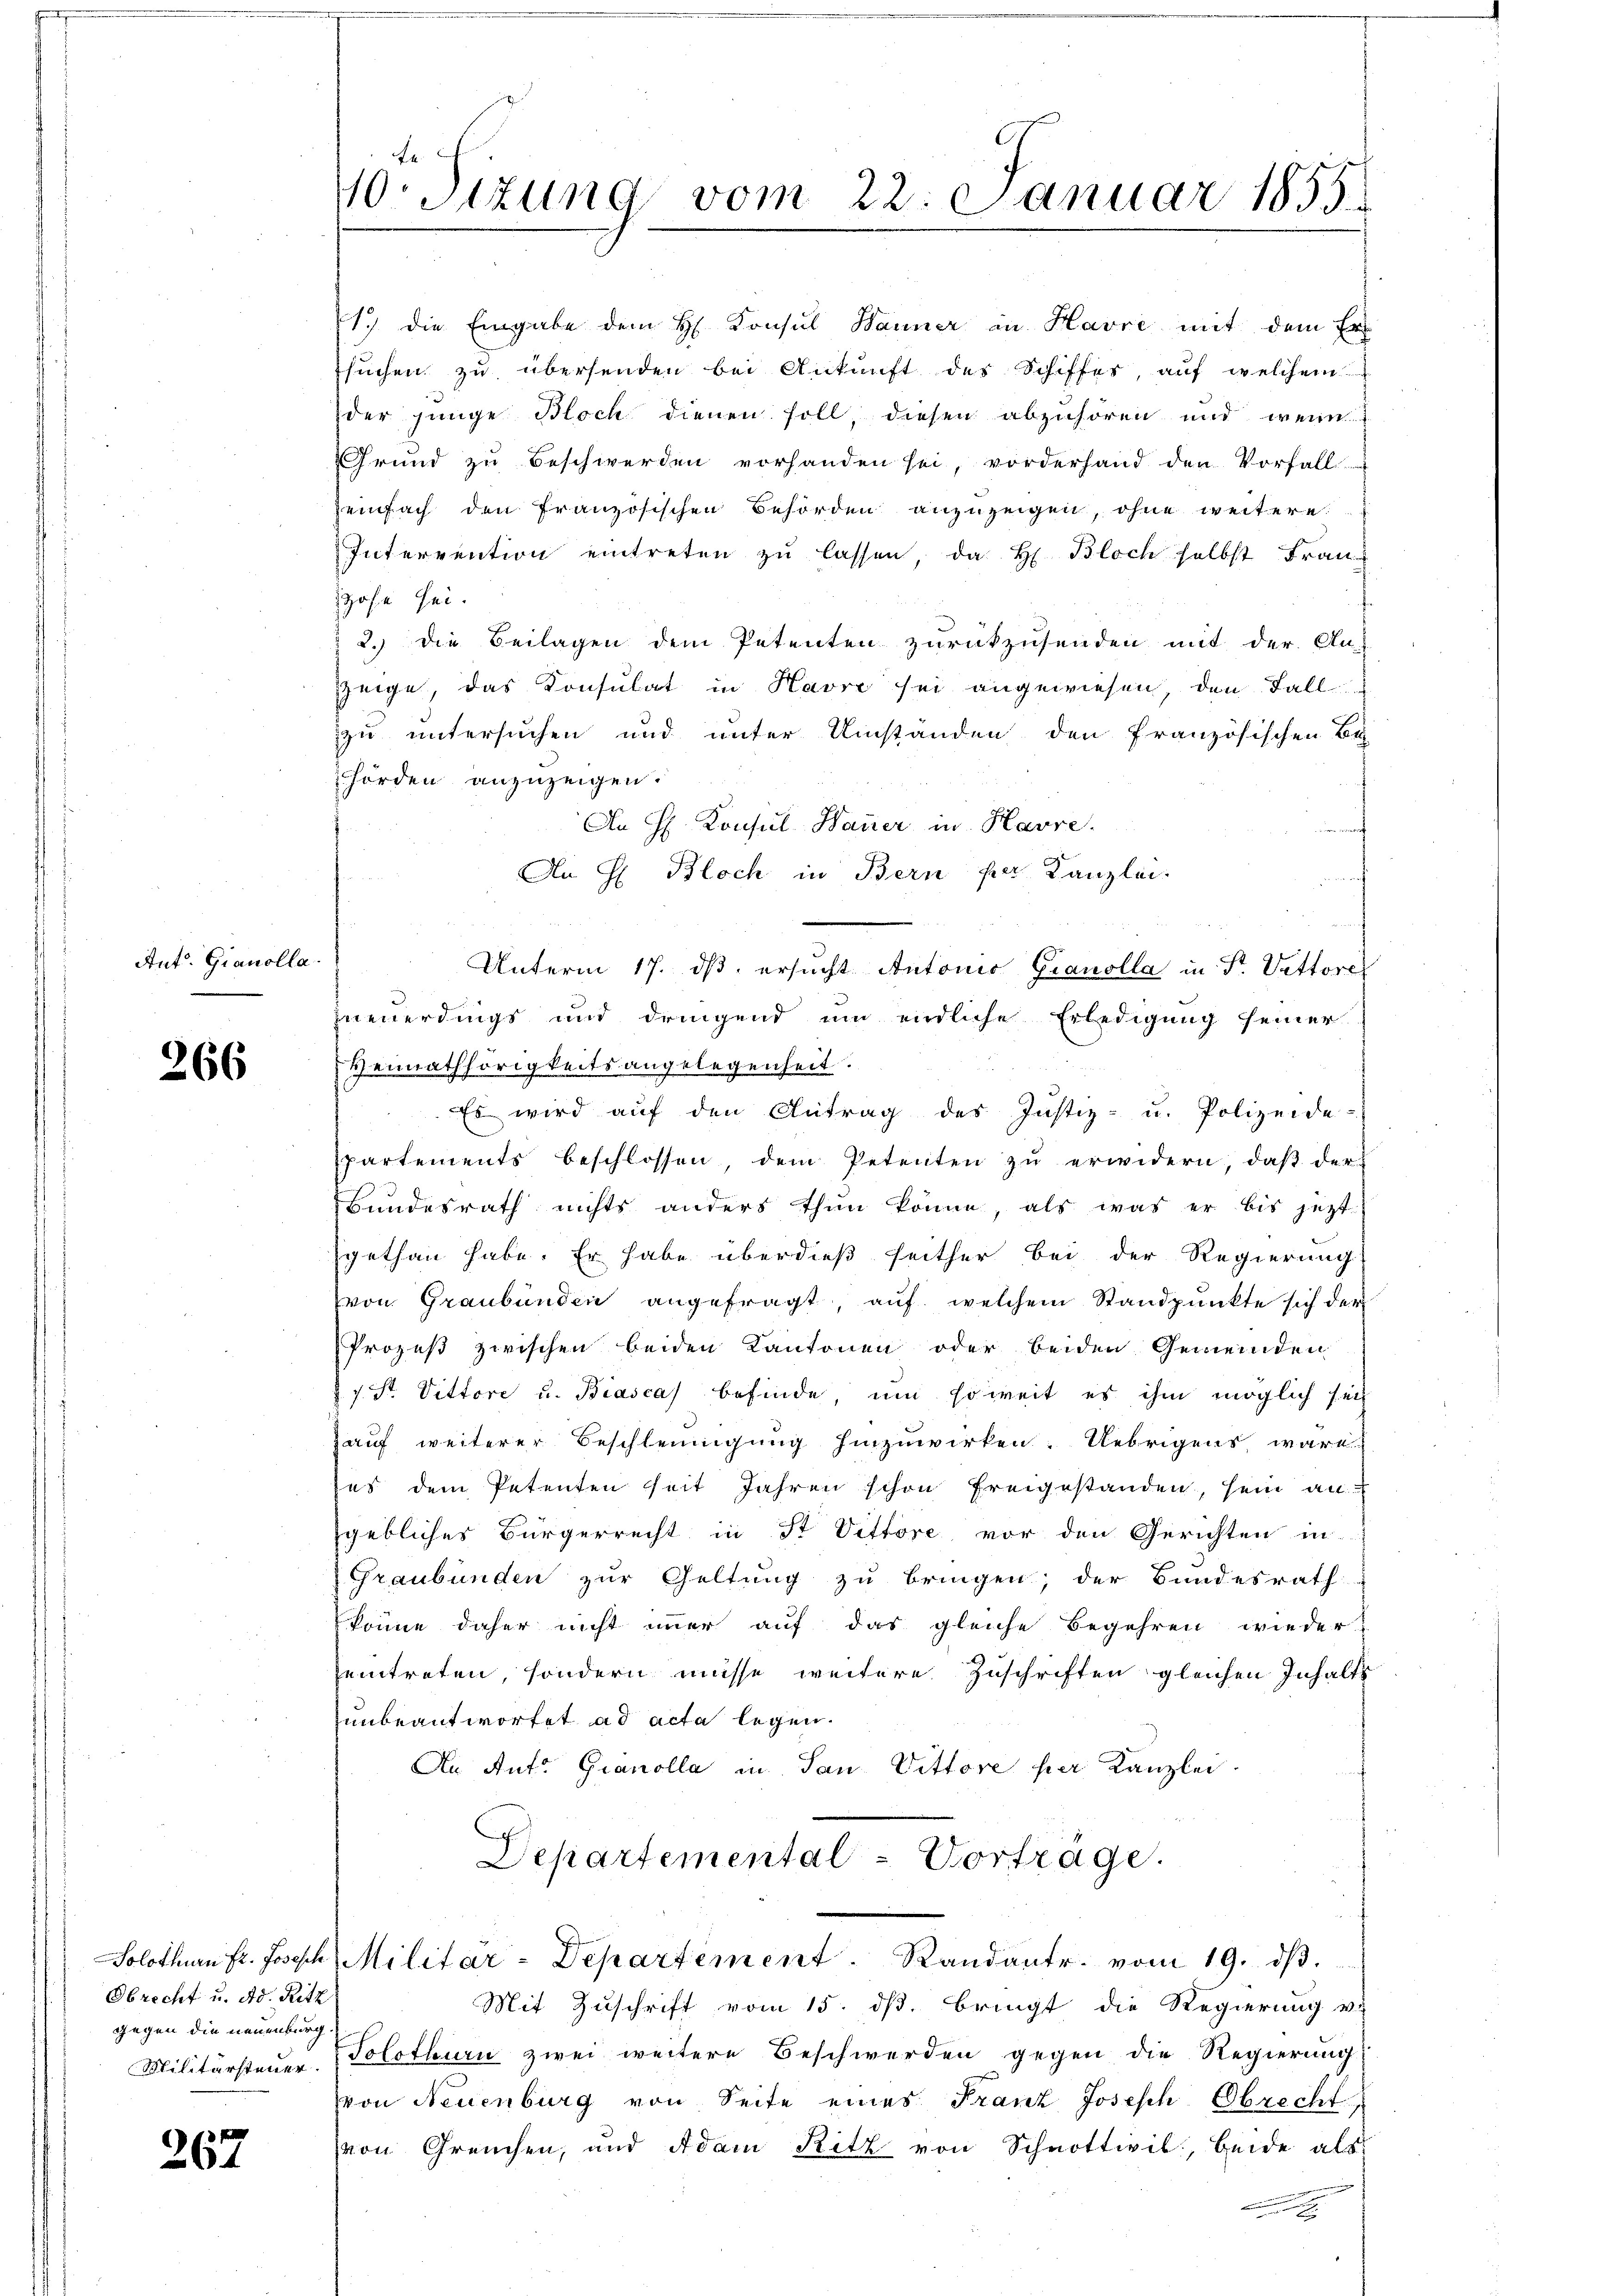
Ant. Gianolla

266

Obrecht u. Ad. Ritz
gegen die neuenburg.

267

10. Sizung vom 22. Januar 1855.

17 die Eingabe dem H. Konsul Wanner in Havre mit dem Er
suchen zu übersenden bei Ankunft des Schiffes, auf welchem
der junge Bloch dienen soll, diesen abzuhören und wenn
Grund zu Beschwerden vorhanden sei, vorderhand den Vorfall-
Zeinfach den französischen Behörden anzuzeigen, ohne weitere
Intervention eintreten zu lassen, da H. Bloch selbst Frau
Höfe sei.
2.) Die Beilagen dem Petenten zurückzusenden mit der An-
zeige, das Konsulat in Havre sei angewiesen, den Fall
zu untersuchen und unter Umständen den französischen Be
hörden anzuzeigen.
An H. Konsul Hauer in Havre.
An H Bloch in Bern per Kanzlei-
Unterm 17. dβ ersucht Antonio Granolla in Fr. Vettore
neuerdings und dringend um endliche Erledigung seiner
Heimathörigkeitsangelegenheit.
Es wird aŭf den Antrag des Justiz- u. Polizeide-
partements beschlossen, dem Petenten zŭ erwidern, daβ der
Bundesrath nichts anders thun könne, als was er bis jezt
gethan habe. Er habe überdieß seither bei der Regierung
von Graubünden angefragt, auf welchem Standpunkte sich der
Prozeß zwischen beiden Kantonen oder beiden Gemeinden
1 Fr. Vittore u. Biasca befinde, um soweit es ihm möglich sei
Zauf weiterer Beschleunigung hinzuwirken. Uebrigens wäre
es dem Petenten seit Jahren schon freigestanden, sein an
gebliches Bürgerrecht in St. Vittore vor den Gerichten in
Graubünden zur Geltung zu bringen; der Bundesrath
könne daher nicht imer auf das gleiche Begehren wieder
eintreten, sondern müsse weitere Zuschriften gleichen Inhalts
unbeantwortet ad acta legen.
An Ant. Gianolla in San Vittore per Kanzlei
Departemental-Vorträge.

Solothurn fr. Joseph Militar-Departement. Sandantr. vom 19. dβ.

Mit Zuschrift vom 15. ds. bringt die Regierung vi
Militärsteuer. (Solothurn zwei weitere Beschwerden gegen die Regierung
von Neuenburg von Seite eines Franz Joseph Ebrecht,
von Greuchen, und Adam Ritz von Schnottivil, beide als
n